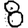
Digit: 8